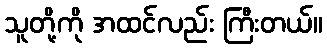
သူတို့ကို အထင်လည်း ကြီးတယ်။